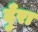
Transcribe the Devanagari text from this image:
दुँरा